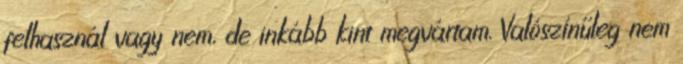
felhasznál vagy nem, de inkább kint megvártam. Valószínűleg nem